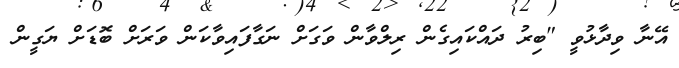
އޭނާ ވިދާޅުވީ "ބިރު ދައްކައިގެން ރިލްވާން ވަގަށް ނަގާފައިވާކަން ވަރަށް ބޮޑަށް ޔަގީން